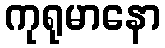
ကုရုမာနော